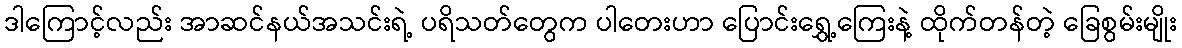
ဒါကြောင့်လည်း အာဆင်နယ်အသင်းရဲ့ ပရိသတ်တွေက ပါတေးဟာ ပြောင်းရွှေ့ကြေးနဲ့ ထိုက်တန်တဲ့ ခြေစွမ်းမျိုး